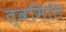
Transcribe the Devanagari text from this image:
त्वमिति